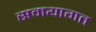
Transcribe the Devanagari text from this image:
समयागत